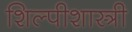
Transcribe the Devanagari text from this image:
शिल्पीशास्त्री